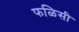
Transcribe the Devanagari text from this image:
फळिसी